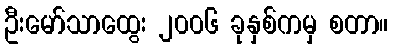
ဦးမော်သာထွေး ၂၀၀၆ ခုနှစ်ကမှ စတာ။